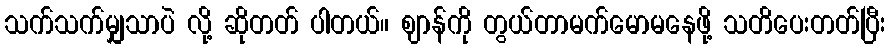
သက်သက်မျှသာပဲ လို့ ဆိုတတ် ပါတယ်။ ဈာန်ကို တွယ်တာမက်မောမနေဖို့ သတိပေးတတ်ပြီး